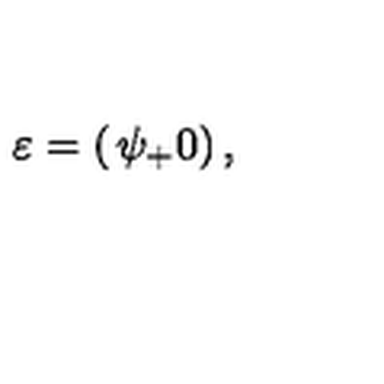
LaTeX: \varepsilon = \left( \begin{matrix} { \psi _ { + } } \\ { 0 } \\ \end{matrix} \right) ,